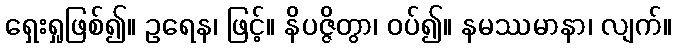
ရှေးရှုဖြစ်၍။ ဥရေန၊ ဖြင့်။ နိပဇ္ဇိတွာ၊ ဝပ်၍။ နမဿမာနာ၊ လျက်။